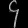
Digit: ၄